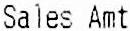
SALES AMT